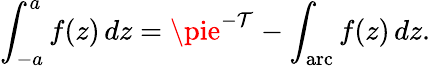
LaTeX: \int_{-a}^{a}f(z)\, dz=\pie^{-\mathcal{T}}-\int_{\mathrm{{arc}}}f(z)\, dz.